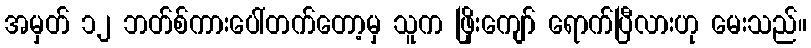
အမှတ် ၁၂ ဘတ်စ်ကားပေါ်တက်တော့မှ သူက ဖြိုးကျော် ရောက်ပြီလားဟု မေးသည်။